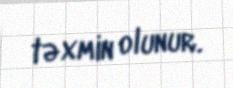
təxmin olunur.